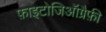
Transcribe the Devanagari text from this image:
फ़ाइटोजिऑग्रैफ़ी